Leaving Certificate, 1896
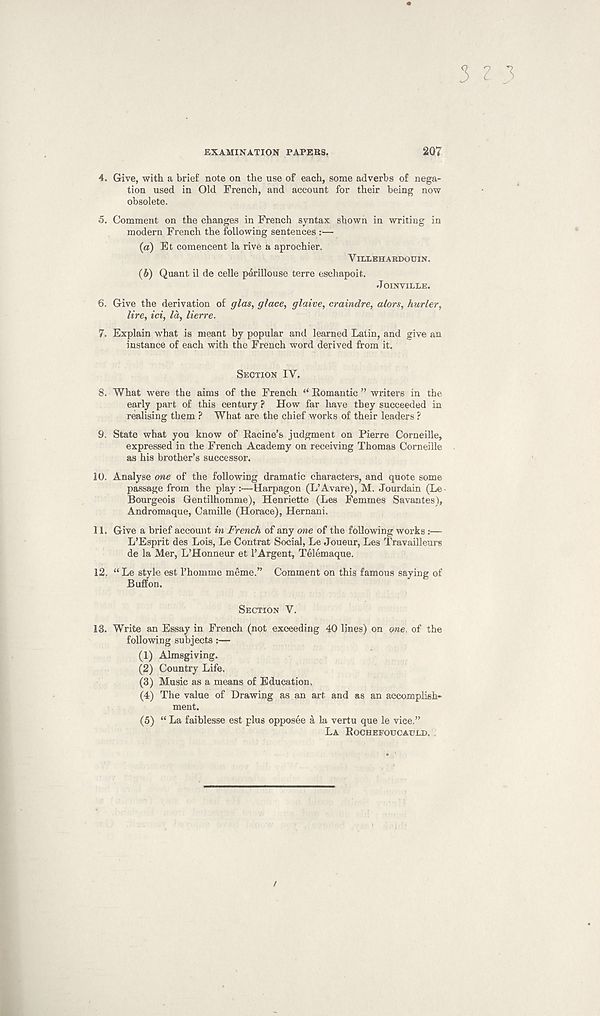
3 z 3
EXAMINATION PAPERS.
207
4. Give, with a brief note on the use of each, some adverbs of nega-
tion used in Old French, and account for their being now
obsolete.
5. Comment on the changes in French syntax shown in writing in
modern French the following sentences :—
(а) Et comencent la rive a aprochier.
VlLLEHARDODIN.
(б) Quant il de celle psrillouse terre eschapoit.
JOINVIELE.
6. Give the derivation of (/las, glace, glaive, craindre, alors, hurler,
lire, id, la, lierre.
7. Explain what is meant by popular and learned Latin, and give an
instance of each with the French word derived from it.
SECTION FV.
8. What were the aims of the French “ Romantic ” writers in the
early part of this century ? How far have they succeeded in
radising them ? What are the chief works of their leaders ?
9. State what you know of Racine’s judgment on Pierre Corneille,
expressed in the French Academy on receiving Thomas Corneille
as his brother’s successor.
10. Analyse one of the following dramatic characters, and quote some
passage from the play:—Harpagon (L’Avare), M. Jourdain (Le
Bourgeois Gentilhomme), Henriette (Les Femmes Savantes),
Andromaque, Camille (Horace), Hernani.
11. Give a brief account in French of any one of the following works:—
L’Esprit des Lois, Le Contrat Social, Le Joueur, Les Travailleurs
de la Mer, L’Honneur et 1’Argent, Telemaque.
12. “ Le style est I’homme meme.” Comment on this famous saying of
Buff on.
SECTION V.
13.
Write an Essay in French (not exceeding 40 lines) on
following subjects :—
(1) Almsgiving.
(2) Country Life.
(3) Music as a means of Education.
(4) The value of Drawing as an art and as an accomplish-
ment.
(5)
“ La faiblesse est plus oppos
LA ROCHEFOUCAULD.